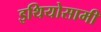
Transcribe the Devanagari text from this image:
इथियोसामी